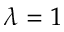
\lambda = 1